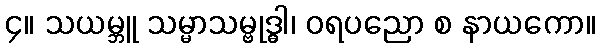
၄။ သယမ္ဘူ သမ္မာသမ္ဗုဒ္ဓါ၊ ဝရပညော စ နာယကော။